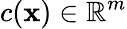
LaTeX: c(\mathbf{x})\in\mathbb{R}^{m}